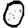
Digit: 0